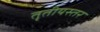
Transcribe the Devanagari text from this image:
तृतीयस्तर